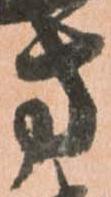
方